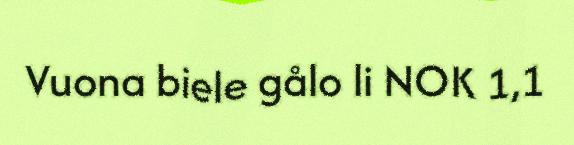
Vuona biele gålo li NOK 1,1